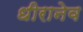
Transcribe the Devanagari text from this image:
धीरानेव